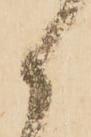
候